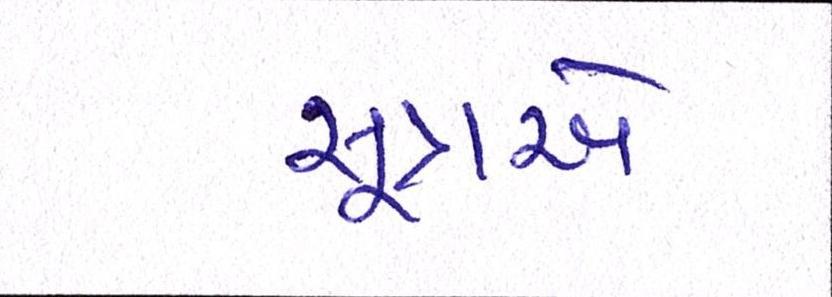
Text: સૂત્રએ